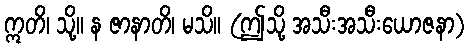
ဣတိ၊ သို့။ န ဇာနာတိ၊ မသိ။ (ဤသို့ အသီးအသီးယောဇနာ)